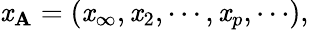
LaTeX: \mathit{x}_{{\mathbf{A}}}=(\mathit{x}_{\infty},\mathit{x}_{2},\cdots,\mathit{x}_{p},\cdots),